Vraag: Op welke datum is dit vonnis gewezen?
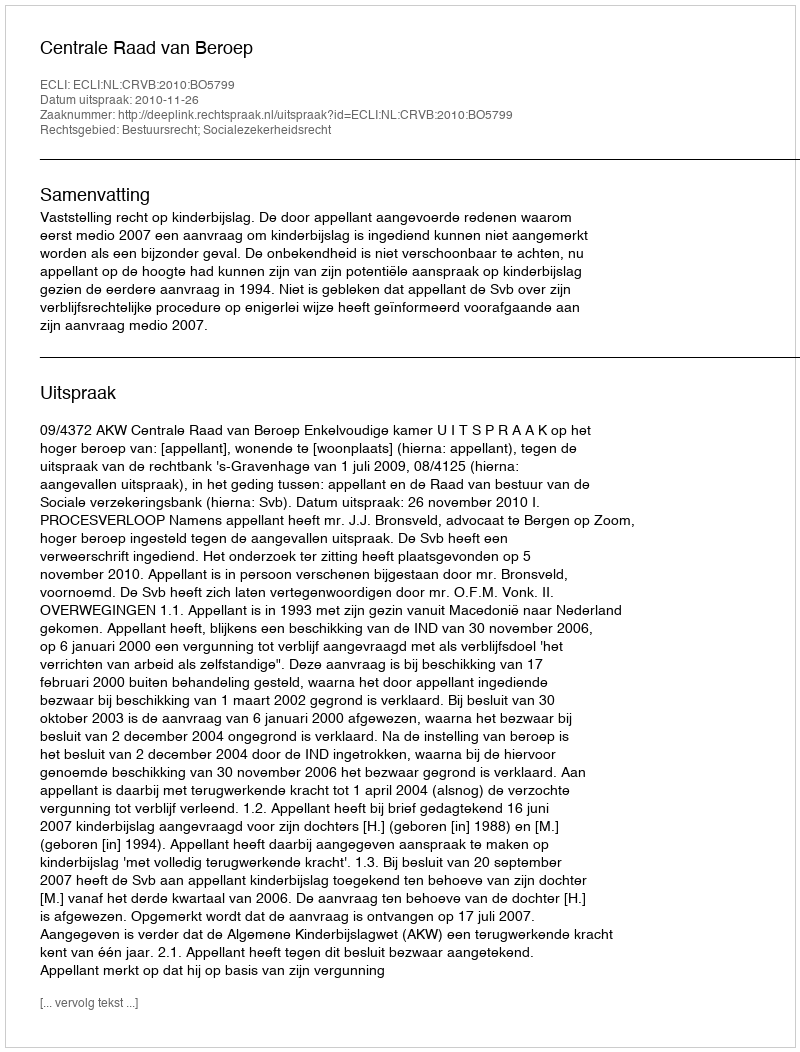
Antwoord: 2010-11-26